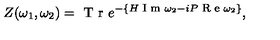
Z ( \omega _ { 1 } , \omega _ { 2 } ) = \textrm { T r } e ^ { - \{ H \footnotesize \textrm { I m } \normalsize \omega _ { 2 } - i P \footnotesize \textrm { R e } \normalsize \omega _ { 2 } \} } ,